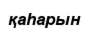
қаһарын